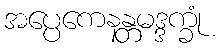
အပ္ပေကေနန္တမဒ္ဒက္ခုံ